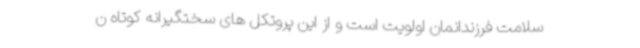
سلامت فرزندانمان اولویت است و از این پروتکل های سختگیرانه کوتاه ن